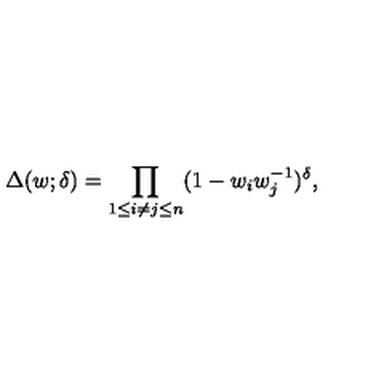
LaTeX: \Delta ( w ; \delta ) = \prod _ { 1 \leq i \neq j \leq n } ( 1 - w _ { i } w _ { j } ^ { - 1 } ) ^ { \delta } ,